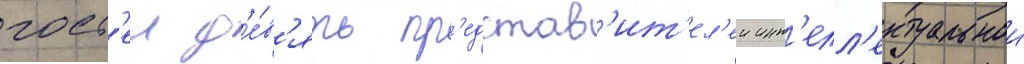
гост'еи д'е́в'ять пр'едстав'ит'ел'еи инт'елл'ектуальнои